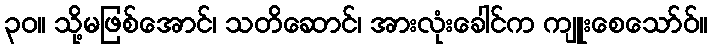
၃၀။ သို့မဖြစ်အောင်၊ သတိဆောင်၊ အားလုံးခေါင်က ကျူးစေသော်ဝ်။